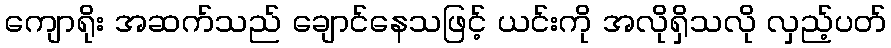
ကျောရိုး အဆက်သည် ချောင်နေသဖြင့် ယင်းကို အလိုရှိသလို လှည့်ပတ်